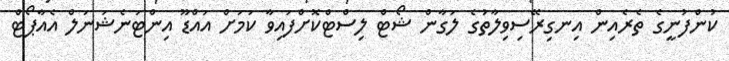
ކުންފުނީގެ ތެރެއިން އިނގިރޭސިވިލާތުގެ ލަގާން ޝޯޓް ލިސްޓްކޮށްފައިވާ ކަމަށް އައްޑޫ އިންޓަނެޝަނަލް އެއާޕޯޓް